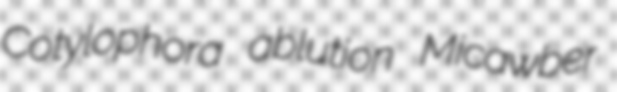
Cotylophora ablution Micawber